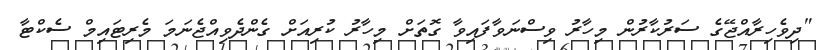
"ދިވެހިރާއްޖޭގެ ސަރުކާރުން މިހާރު ވިސްނަވާފައިވާ ގޮތަށް މިހާރު ކުރިއަށް ގެންދެވިއްޖެނަމަ މެރިޓައިމް ސެކްޓާ